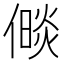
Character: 𪝧